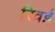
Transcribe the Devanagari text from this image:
रिवई